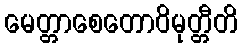
မေတ္တာစေတောဝိမုတ္တီတိ